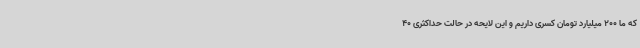
که ما 200 میلیارد تومان کسری داریم و این لایحه در حالت حداکثری 40